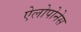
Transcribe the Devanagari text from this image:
ऐलोपोनेस